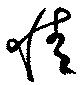
情